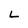
Character: L